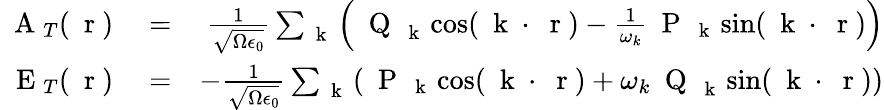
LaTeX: \begin{array}{rlr}{\mathrm{~\mathbf~A~}_{T}(\mathrm{~\mathbf~r~})}&{{}=}&{\frac{1}{\sqrt{\Omega\epsilon_{0}}}\sum_{\mathrm{~\mathbf~k~}}\left(\mathrm{~\mathbf~Q~}_{\mathrm{~\mathbf~k~}}\cos(\mathrm{~\mathbf~k~}\cdot\mathrm{~\mathbf~r~})-\frac{1}{\omega_{k}}\mathrm{~\mathbf~P~}_{\mathrm{~\mathbf~k~}}\sin(\mathrm{~\mathbf~k~}\cdot\mathrm{~\mathbf~r~})\right)}\\ {\mathrm{~\mathbf~E~}_{T}(\mathrm{~\mathbf~r~})}&{{}=}&{-\frac{1}{\sqrt{\Omega\epsilon_{0}}}\sum_{\mathrm{~\mathbf~k~}}\left(\mathrm{~\mathbf~P~}_{\mathrm{~\mathbf~k~}}\cos(\mathrm{~\mathbf~k~}\cdot\mathrm{~\mathbf~r~})+\omega_{k}\mathrm{~\mathbf~Q~}_{\mathrm{~\mathbf~k~}}\sin(\mathrm{~\mathbf~k~}\cdot\mathrm{~\mathbf~r~})\right)}\end{array}